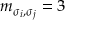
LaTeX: m _ { \sigma _ { i } , \sigma _ { j } } = 3